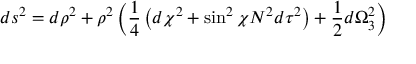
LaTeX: d s ^ { 2 } = d \rho ^ { 2 } + \rho ^ { 2 } \left( \frac { 1 } { 4 } \left( d \chi ^ { 2 } + \sin ^ { 2 } { \chi } N ^ { 2 } d \tau ^ { 2 } \right) + \frac { 1 } { 2 } d \Omega _ { 3 } ^ { 2 } \right)